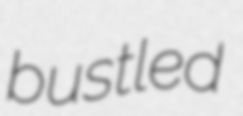
bustled